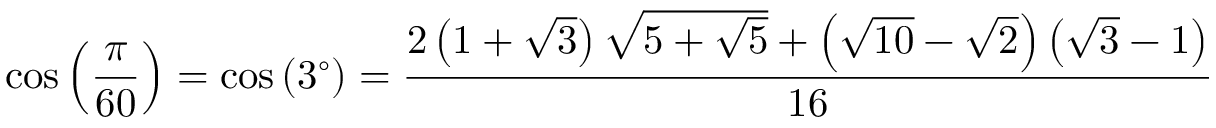
\cos \left( { \frac { \pi } { 6 0 } } \right) = \cos \left( 3 ^ { \circ } \right) = { \frac { 2 \left( 1 + { \sqrt { 3 } } \right) { \sqrt { 5 + { \sqrt { 5 } } } } + \left( { \sqrt { 1 0 } } - { \sqrt { 2 } } \right) \left( { \sqrt { 3 } } - 1 \right) } { 1 6 } }